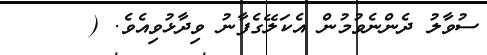
ސުވާލު ދެންނެވުމުން އެކަލޭގެފާނު ވިދާޅުވިއެވެ. (